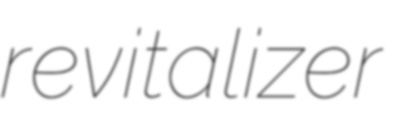
revitalizer